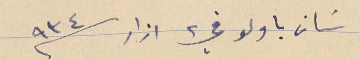
سَان باولو في ٢ اذار سنة ٩٣٤